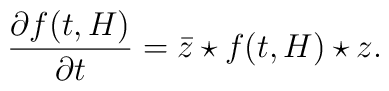
\frac{\partial f(t,H)}{\partial t}={\bar z} \star f(t,H) \star z.